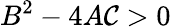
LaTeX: B^{2}-4A\mathcal{C}>0